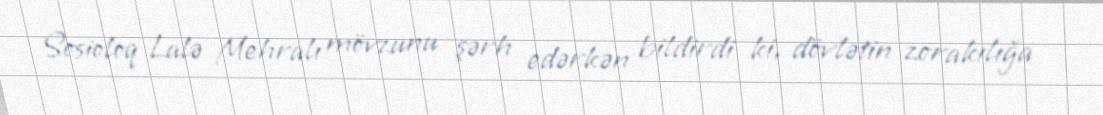
Sosioloq Lalə Mehralı mövzunu şərh edərkən bildirdi ki, dövlətin zorakılığa